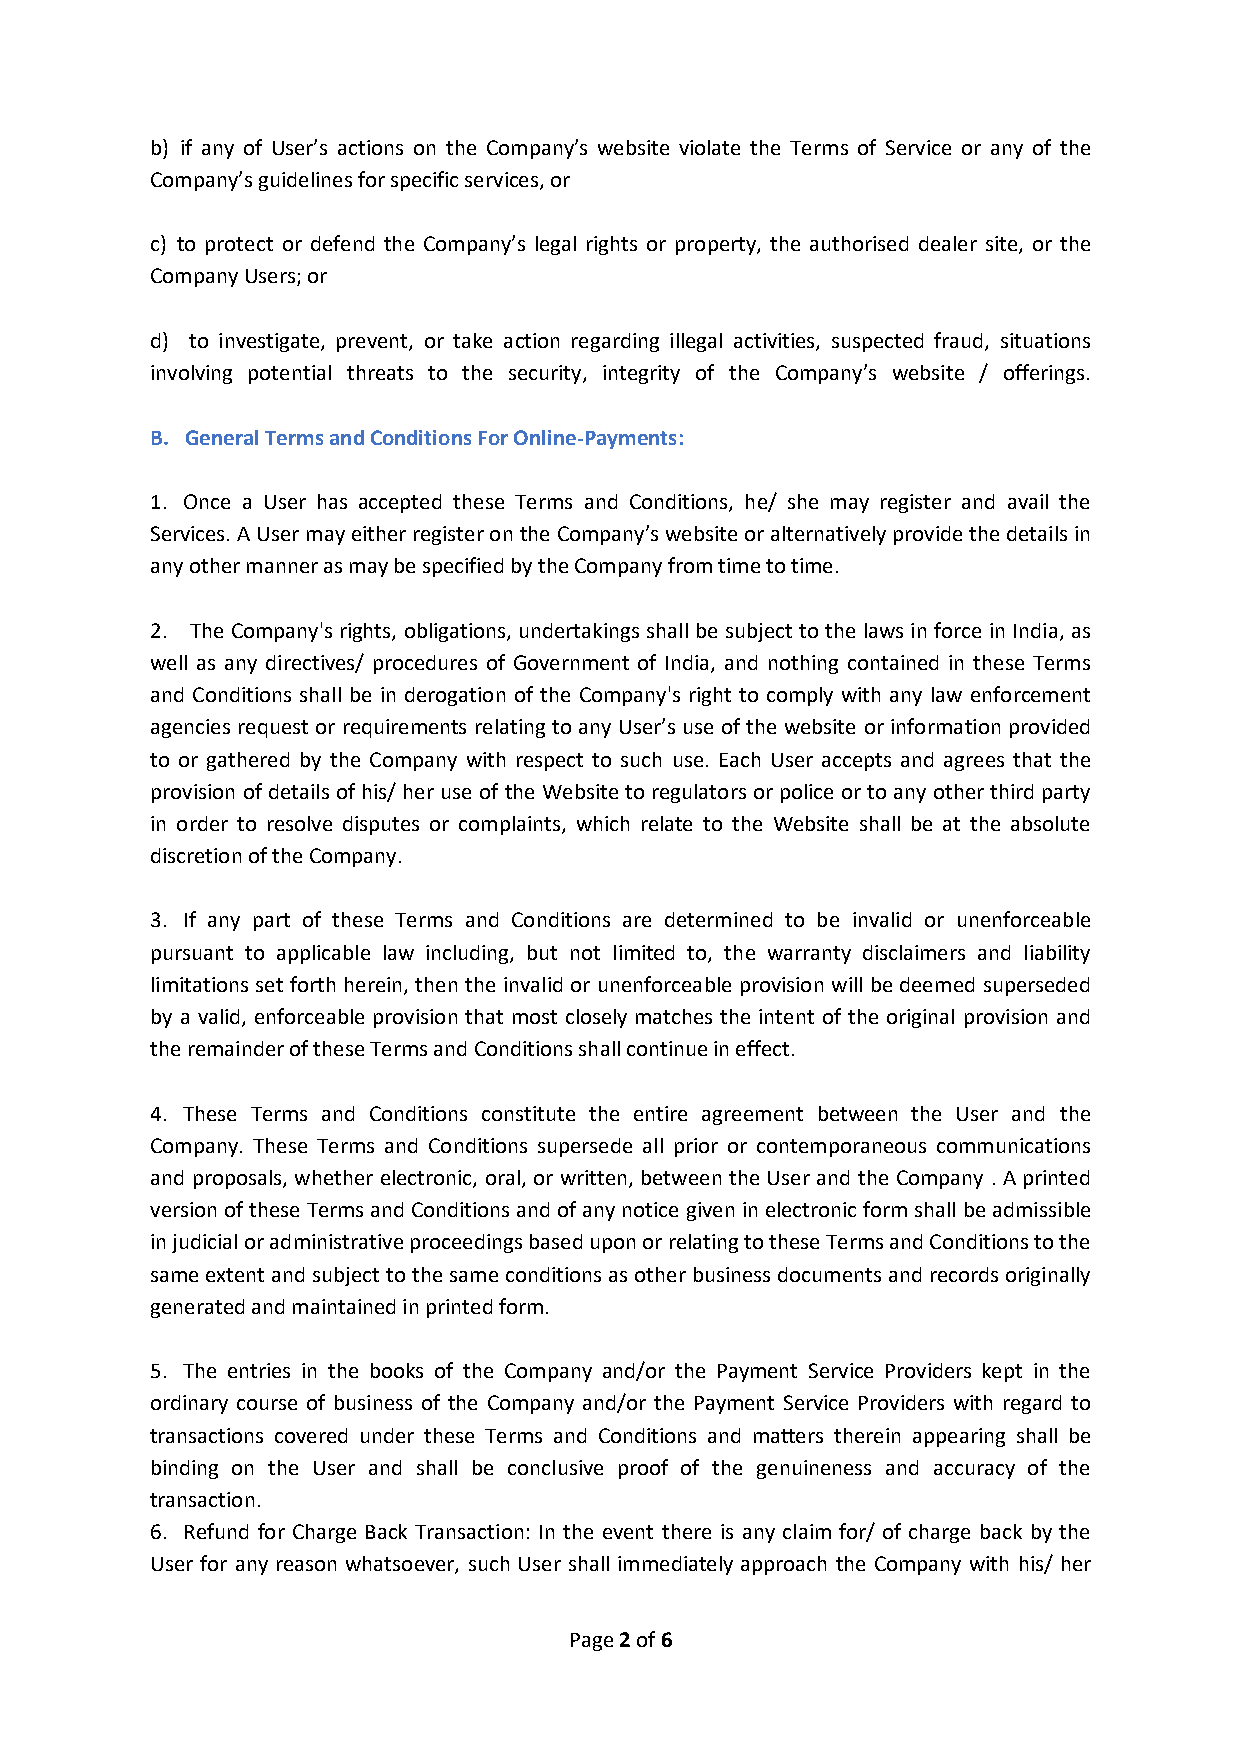
b) if any of User’s actions on the Company’s website violate the Terms of Service or any of the
 Company’s guidelines for specific services, or
 c) to protect or defend the Company’s legal rights or property, the authorised dealer site, or the
 Company Users; or
 d) to investigate, prevent, or take action regarding illegal activities, suspected fraud, situations
 involving potential threats to the security, integrity of the Company’s website / offerings.
 B. General Terms and Conditions For Online-Payments:
 1. Once a User has accepted these Terms and Conditions, he/ she may register and avail the
 Services. A User may either register on the Company’s website or alternatively provide the details in
 any other manner as may be specified by the Company from time to time.
 2. The Company's rights, obligations, undertakings shall be subject to the laws in force in India, as
 well as any directives/ procedures of Government of India, and nothing contained in these Terms
 and Conditions shall be in derogation of the Company's right to comply with any law enforcement
 agencies request or requirements relating to any User’s use of the website or information provided
 to or gathered by the Company with respect to such use. Each User accepts and agrees that the
 provision of details of his/ her use of the Website to regulators or police or to any other third party
 in order to resolve disputes or complaints, which relate to the Website shall be at the absolute
 discretion of the Company.
 3. If any part of these Terms and Conditions are determined to be invalid or unenforceable
 pursuant to applicable law including, but not limited to, the warranty disclaimers and liability
 limitations set forth herein, then the invalid or unenforceable provision will be deemed superseded
 by a valid, enforceable provision that most closely matches the intent of the original provision and
 the remainder of these Terms and Conditions shall continue in effect.
 4. These Terms and Conditions constitute the entire agreement between the User and the
 Company. These Terms and Conditions supersede all prior or contemporaneous communications
 and proposals, whether electronic, oral, or written, between the User and the Company . A printed
 version of these Terms and Conditions and of any notice given in electronic form shall be admissible
 in judicial or administrative proceedings based upon or relating to these Terms and Conditions to the
 same extent and subject to the same conditions as other business documents and records originally
 generated and maintained in printed form.
 5. The entries in the books of the Company and/or the Payment Service Providers kept in the
 ordinary course of business of the Company and/or the Payment Service Providers with regard to
 transactions covered under these Terms and Conditions and matters therein appearing shall be
 binding on the User and shall be conclusive proof of the genuineness and accuracy of the
 transaction.
 6. Refund for Charge Back Transaction: In the event there is any claim for/ of charge back by the
 User for any reason whatsoever, such User shall immediately approach the Company with his/ her
 Page 2 of 6